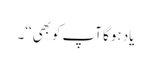
یاد ہوگا آپ کوبھی‘‘۔